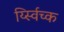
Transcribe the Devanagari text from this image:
र्य्स्विच्क